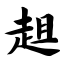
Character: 趄